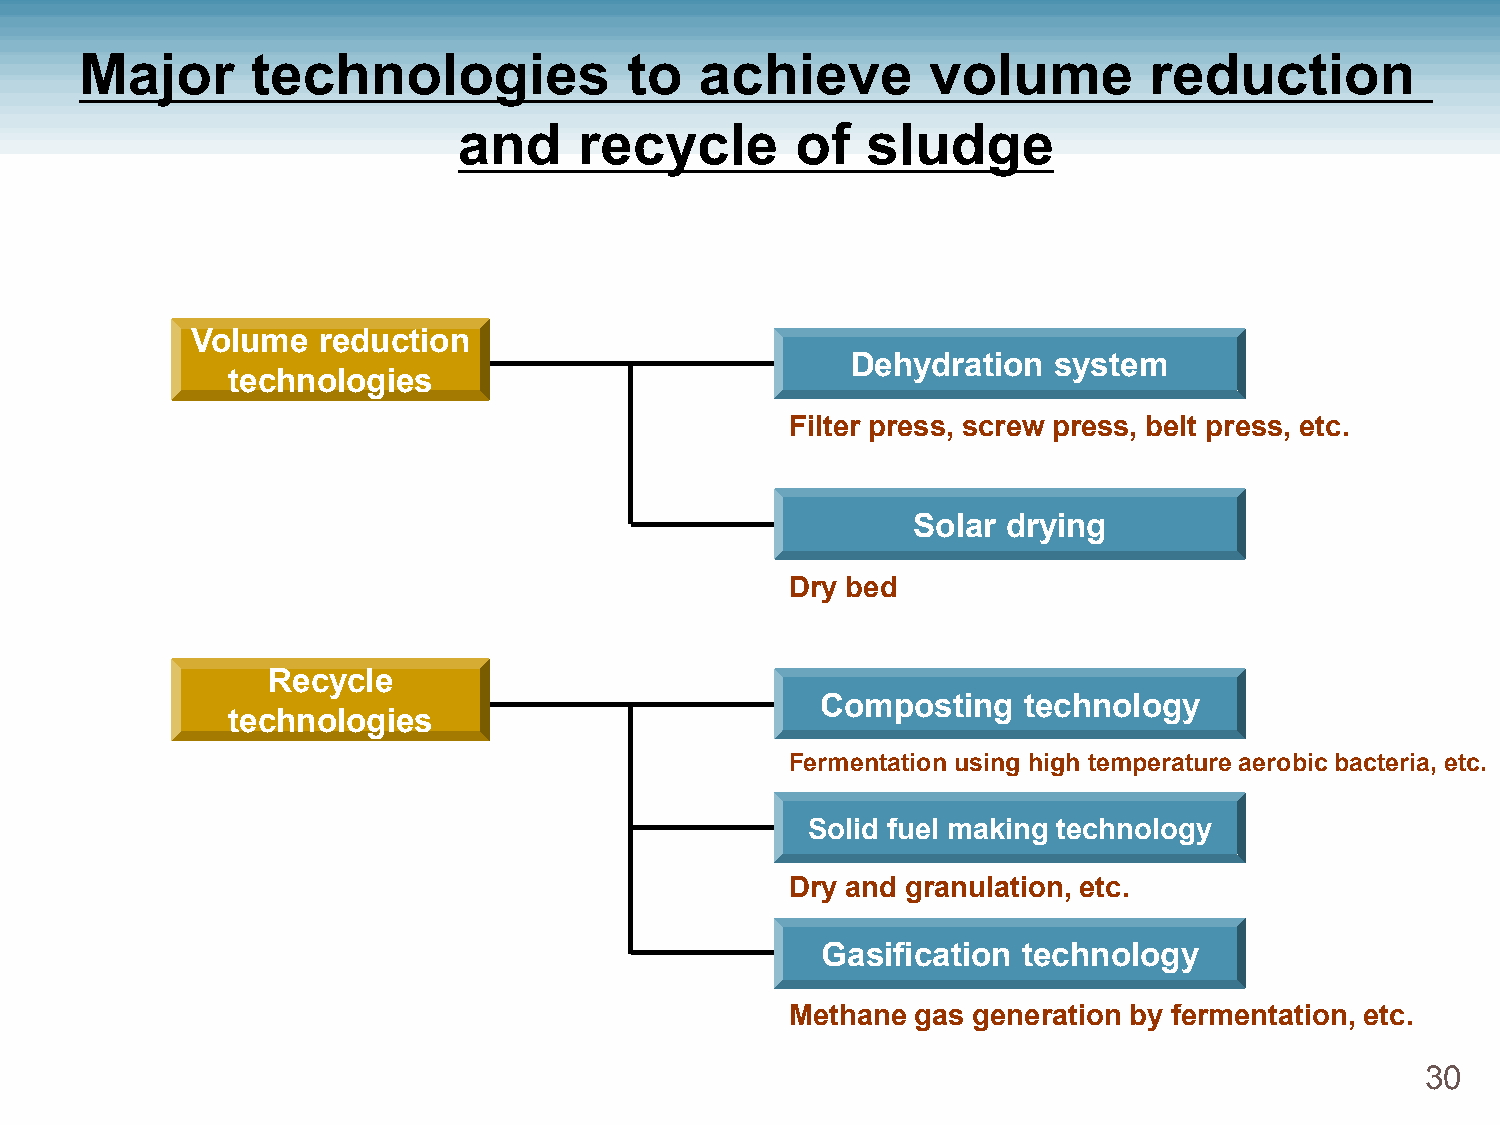
Major       technologies             to  achieve         volume        reduction
 and     recycle        of  sludge
 Volume  reduction
 Dehydration   system
 technologies
 Filter press, screw press, belt press, etc.
 Solar  drying
 Dry bed
 Recycle
 Composting    technology
 technologies
 Fermentation using high temperature aerobic bacteria, etc.
 Solid fuel making technology
 Dry and granulation, etc.
 Gasification  technology
 Methane  gas generation by fermentation, etc.
 30